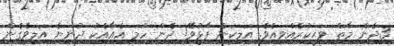
3ދެން މާތް ވަޙީކުރެއްވިއެވެ. އަލިކަން ފާޅުވޭ! ދެން ހަމަ އެއާއެކު ދުނިޔެ އަލިވެގެން